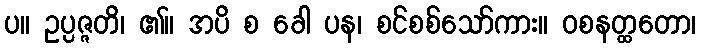
ပ။ ဥပ္ပဇ္ဇတိ၊ ၏။ အပိ စ ခေါ ပန၊ စင်စစ်သော်ကား။ ဝစနတ္ထတော၊